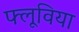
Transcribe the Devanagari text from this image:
फ्लूविया